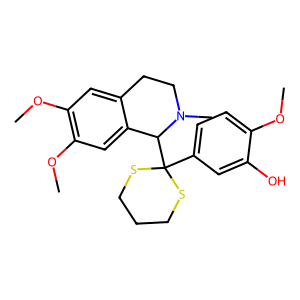
SMILES: COc1ccc(C2(C3c4cc(OC)c(OC)cc4CCN3C)SCCCS2)cc1O
Inhibits HIV replication: No